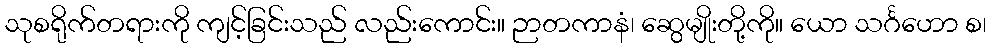
သုစရိုက်တရားကို ကျင့်ခြင်းသည် လည်းကောင်း။ ဉာတကာနံ၊ ဆွေမျိုးတို့ကို။ ယော သင်္ဂဟော စ၊